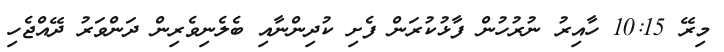
މިރޭ 10:15 ހާއިރު ނުރުހުން ފާޅުކުރަން ފެށި ކުދިންނާއި ބެލެނިވެރިން ދަންވަރު ދޭއްޖެހި